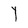
Character: Y